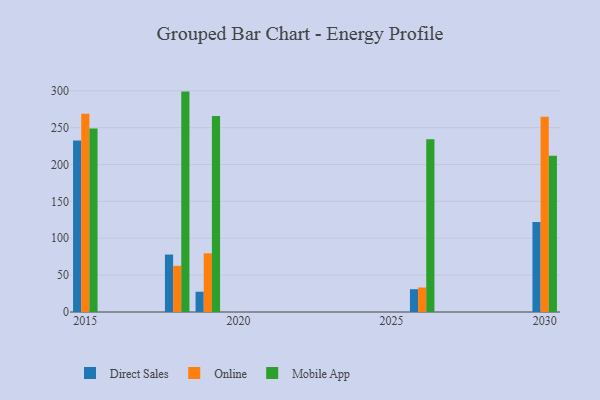
{"axis": {"x": "Year", "y": "Headcount"}, "legend": ["Direct Sales", "Mobile App", "Online"], "data": [{"x": "2015", "y": 232.6, "type": "Direct Sales"}, {"x": "2015", "y": 268.7, "type": "Online"}, {"x": "2015", "y": 248.9, "type": "Mobile App"}, {"x": "2019", "y": 27.5, "type": "Direct Sales"}, {"x": "2019", "y": 79.6, "type": "Online"}, {"x": "2019", "y": 265.8, "type": "Mobile App"}, {"x": "2026", "y": 30.9, "type": "Direct Sales"}, {"x": "2026", "y": 33.2, "type": "Online"}, {"x": "2026", "y": 234.4, "type": "Mobile App"}, {"x": "2030", "y": 122.2, "type": "Direct Sales"}, {"x": "2030", "y": 264.9, "type": "Online"}, {"x": "2030", "y": 212.0, "type": "Mobile App"}, {"x": "2018", "y": 77.9, "type": "Direct Sales"}, {"x": "2018", "y": 62.6, "type": "Online"}, {"x": "2018", "y": 298.9, "type": "Mobile App"}]}